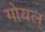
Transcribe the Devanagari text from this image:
गोयल्